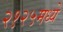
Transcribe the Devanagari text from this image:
२१२५मध्ये